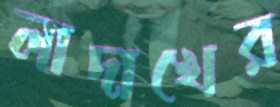
লাদাখের